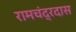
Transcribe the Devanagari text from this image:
रामचंद्रदास